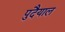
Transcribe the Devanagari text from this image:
पुदैयाल